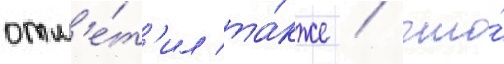
отм'е́т'ил та́кже / что́